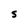
Character: S